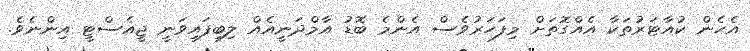
އެހެން ކުއާޓަރުތަކާ އެއްގޮތަށް މިފަހަރުވެސް އެންމެ ބޮޑު އާމްދަނީއެއް ލިބިފައިވަނީ ޖީއެސްޓީ އިންނެވެ.